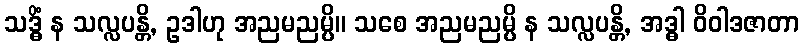
သဒ္ဓိံ န သလ္လပန္တိ, ဥဒါဟု အညမညမ္ပိ။ သစေ အညမညမ္ပိ န သလ္လပန္တိ, အဒ္ဓါ ဝိဝါဒဇာတာ